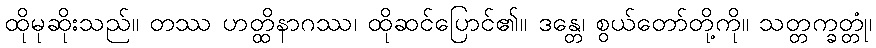
ထိုမုဆိုးသည်။ တဿ ဟတ္ထိနာဂဿ၊ ထိုဆင်ပြောင်၏။ ဒန္တေ၊ စွယ်တော်တို့ကို။ သတ္တက္ခတ္တုံ၊